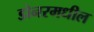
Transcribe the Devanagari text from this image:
डोनरमधील